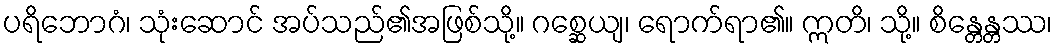
ပရိဘောဂံ၊ သုံးဆောင် အပ်သည်၏အဖြစ်သို့။ ဂစ္ဆေယျ၊ ရောက်ရာ၏။ ဣတိ၊ သို့။ စိန္တေန္တဿ၊